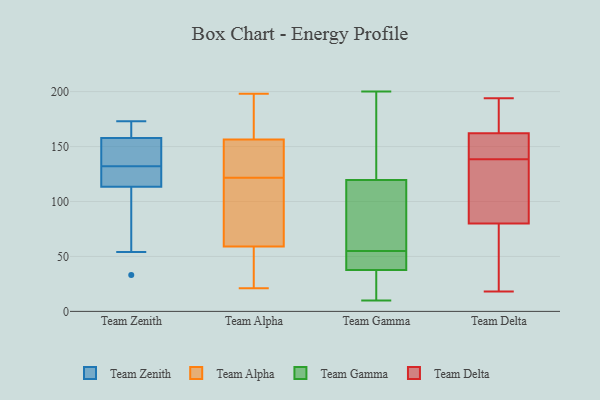
{"axis": {"x": "Tickets Resolved", "y": "Value"}, "legend": ["Team Alpha", "Team Delta", "Team Gamma", "Team Zenith"], "data": [{"x": "", "y": 97, "type": "Team Zenith"}, {"x": "", "y": 157, "type": "Team Zenith"}, {"x": "", "y": 164, "type": "Team Zenith"}, {"x": "", "y": 168, "type": "Team Zenith"}, {"x": "", "y": 54, "type": "Team Zenith"}, {"x": "", "y": 137, "type": "Team Zenith"}, {"x": "", "y": 148, "type": "Team Zenith"}, {"x": "", "y": 160, "type": "Team Zenith"}, {"x": "", "y": 131, "type": "Team Zenith"}, {"x": "", "y": 135, "type": "Team Zenith"}, {"x": "", "y": 33, "type": "Team Zenith"}, {"x": "", "y": 90, "type": "Team Zenith"}, {"x": "", "y": 119, "type": "Team Zenith"}, {"x": "", "y": 124, "type": "Team Zenith"}, {"x": "", "y": 132, "type": "Team Zenith"}, {"x": "", "y": 121, "type": "Team Zenith"}, {"x": "", "y": 173, "type": "Team Zenith"}, {"x": "", "y": 145, "type": "Team Alpha"}, {"x": "", "y": 192, "type": "Team Alpha"}, {"x": "", "y": 76, "type": "Team Alpha"}, {"x": "", "y": 174, "type": "Team Alpha"}, {"x": "", "y": 168, "type": "Team Alpha"}, {"x": "", "y": 35, "type": "Team Alpha"}, {"x": "", "y": 117, "type": "Team Alpha"}, {"x": "", "y": 195, "type": "Team Alpha"}, {"x": "", "y": 65, "type": "Team Alpha"}, {"x": "", "y": 51, "type": "Team Alpha"}, {"x": "", "y": 71, "type": "Team Alpha"}, {"x": "", "y": 47, "type": "Team Alpha"}, {"x": "", "y": 127, "type": "Team Alpha"}, {"x": "", "y": 85, "type": "Team Alpha"}, {"x": "", "y": 198, "type": "Team Alpha"}, {"x": "", "y": 53, "type": "Team Alpha"}, {"x": "", "y": 130, "type": "Team Alpha"}, {"x": "", "y": 137, "type": "Team Alpha"}, {"x": "", "y": 126, "type": "Team Alpha"}, {"x": "", "y": 21, "type": "Team Alpha"}, {"x": "", "y": 165, "type": "Team Gamma"}, {"x": "", "y": 119, "type": "Team Gamma"}, {"x": "", "y": 34, "type": "Team Gamma"}, {"x": "", "y": 14, "type": "Team Gamma"}, {"x": "", "y": 74, "type": "Team Gamma"}, {"x": "", "y": 10, "type": "Team Gamma"}, {"x": "", "y": 39, "type": "Team Gamma"}, {"x": "", "y": 118, "type": "Team Gamma"}, {"x": "", "y": 200, "type": "Team Gamma"}, {"x": "", "y": 55, "type": "Team Gamma"}, {"x": "", "y": 155, "type": "Team Gamma"}, {"x": "", "y": 20, "type": "Team Gamma"}, {"x": "", "y": 49, "type": "Team Gamma"}, {"x": "", "y": 74, "type": "Team Gamma"}, {"x": "", "y": 41, "type": "Team Gamma"}, {"x": "", "y": 121, "type": "Team Gamma"}, {"x": "", "y": 49, "type": "Team Gamma"}, {"x": "", "y": 50, "type": "Team Delta"}, {"x": "", "y": 173, "type": "Team Delta"}, {"x": "", "y": 152, "type": "Team Delta"}, {"x": "", "y": 182, "type": "Team Delta"}, {"x": "", "y": 80, "type": "Team Delta"}, {"x": "", "y": 128, "type": "Team Delta"}, {"x": "", "y": 143, "type": "Team Delta"}, {"x": "", "y": 18, "type": "Team Delta"}, {"x": "", "y": 120, "type": "Team Delta"}, {"x": "", "y": 70, "type": "Team Delta"}, {"x": "", "y": 134, "type": "Team Delta"}, {"x": "", "y": 162, "type": "Team Delta"}, {"x": "", "y": 194, "type": "Team Delta"}, {"x": "", "y": 151, "type": "Team Delta"}]}